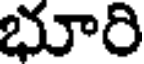
భూరి